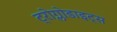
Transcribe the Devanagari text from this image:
ट्रोग्लोडाइट्स